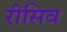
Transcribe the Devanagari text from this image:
रीसिव